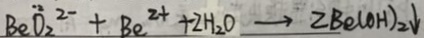
B e O _ { 2 } ^ { 2 - } + B e ^ { 2 + } + 2 H _ { 2 } O \rightarrow 2 B e ( O H ) _ { 2 } \downarrow